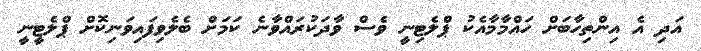
އަދި އެ އިންތިހާބަށް ހައްމާމާއެކު ޕްލެޓިނީ ވެސް ވާދަކުރައްވާނެ ކަމަށް ބެލެވިފައިވަނިކޮށް ޕްލެޓީނީ